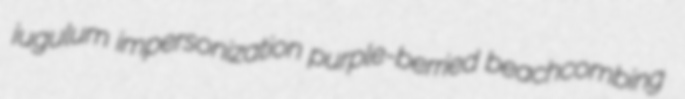
jugulum impersonization purple-berried beachcombing